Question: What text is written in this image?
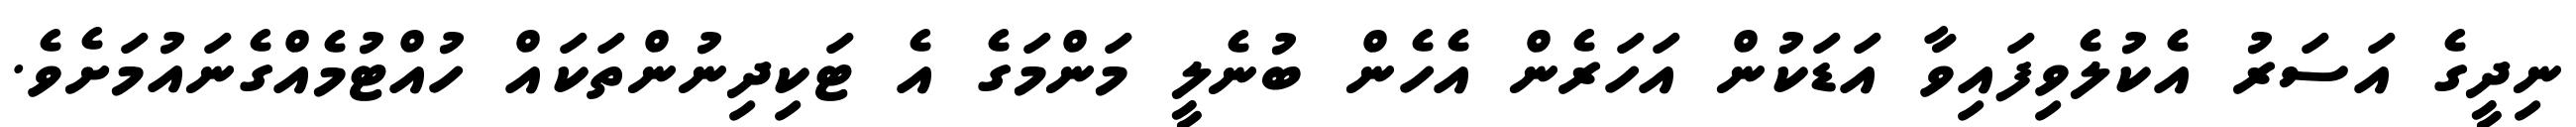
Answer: ނިދީގެ އަސަރު އެކުލެވިފައިވާ އަޑަކުން އަހަރެން އެހެން ބުނެލީ މަންމަގެ އެ ޓަކިދިނުންތަކައް ހުއްޓުމެއްގެނައުމަށެވެ.